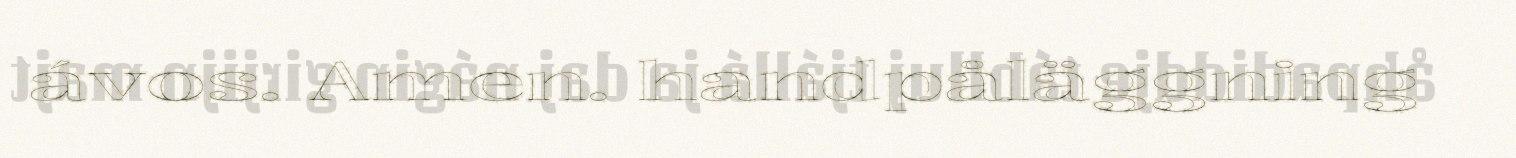
ávos. Amen. handpåläggning